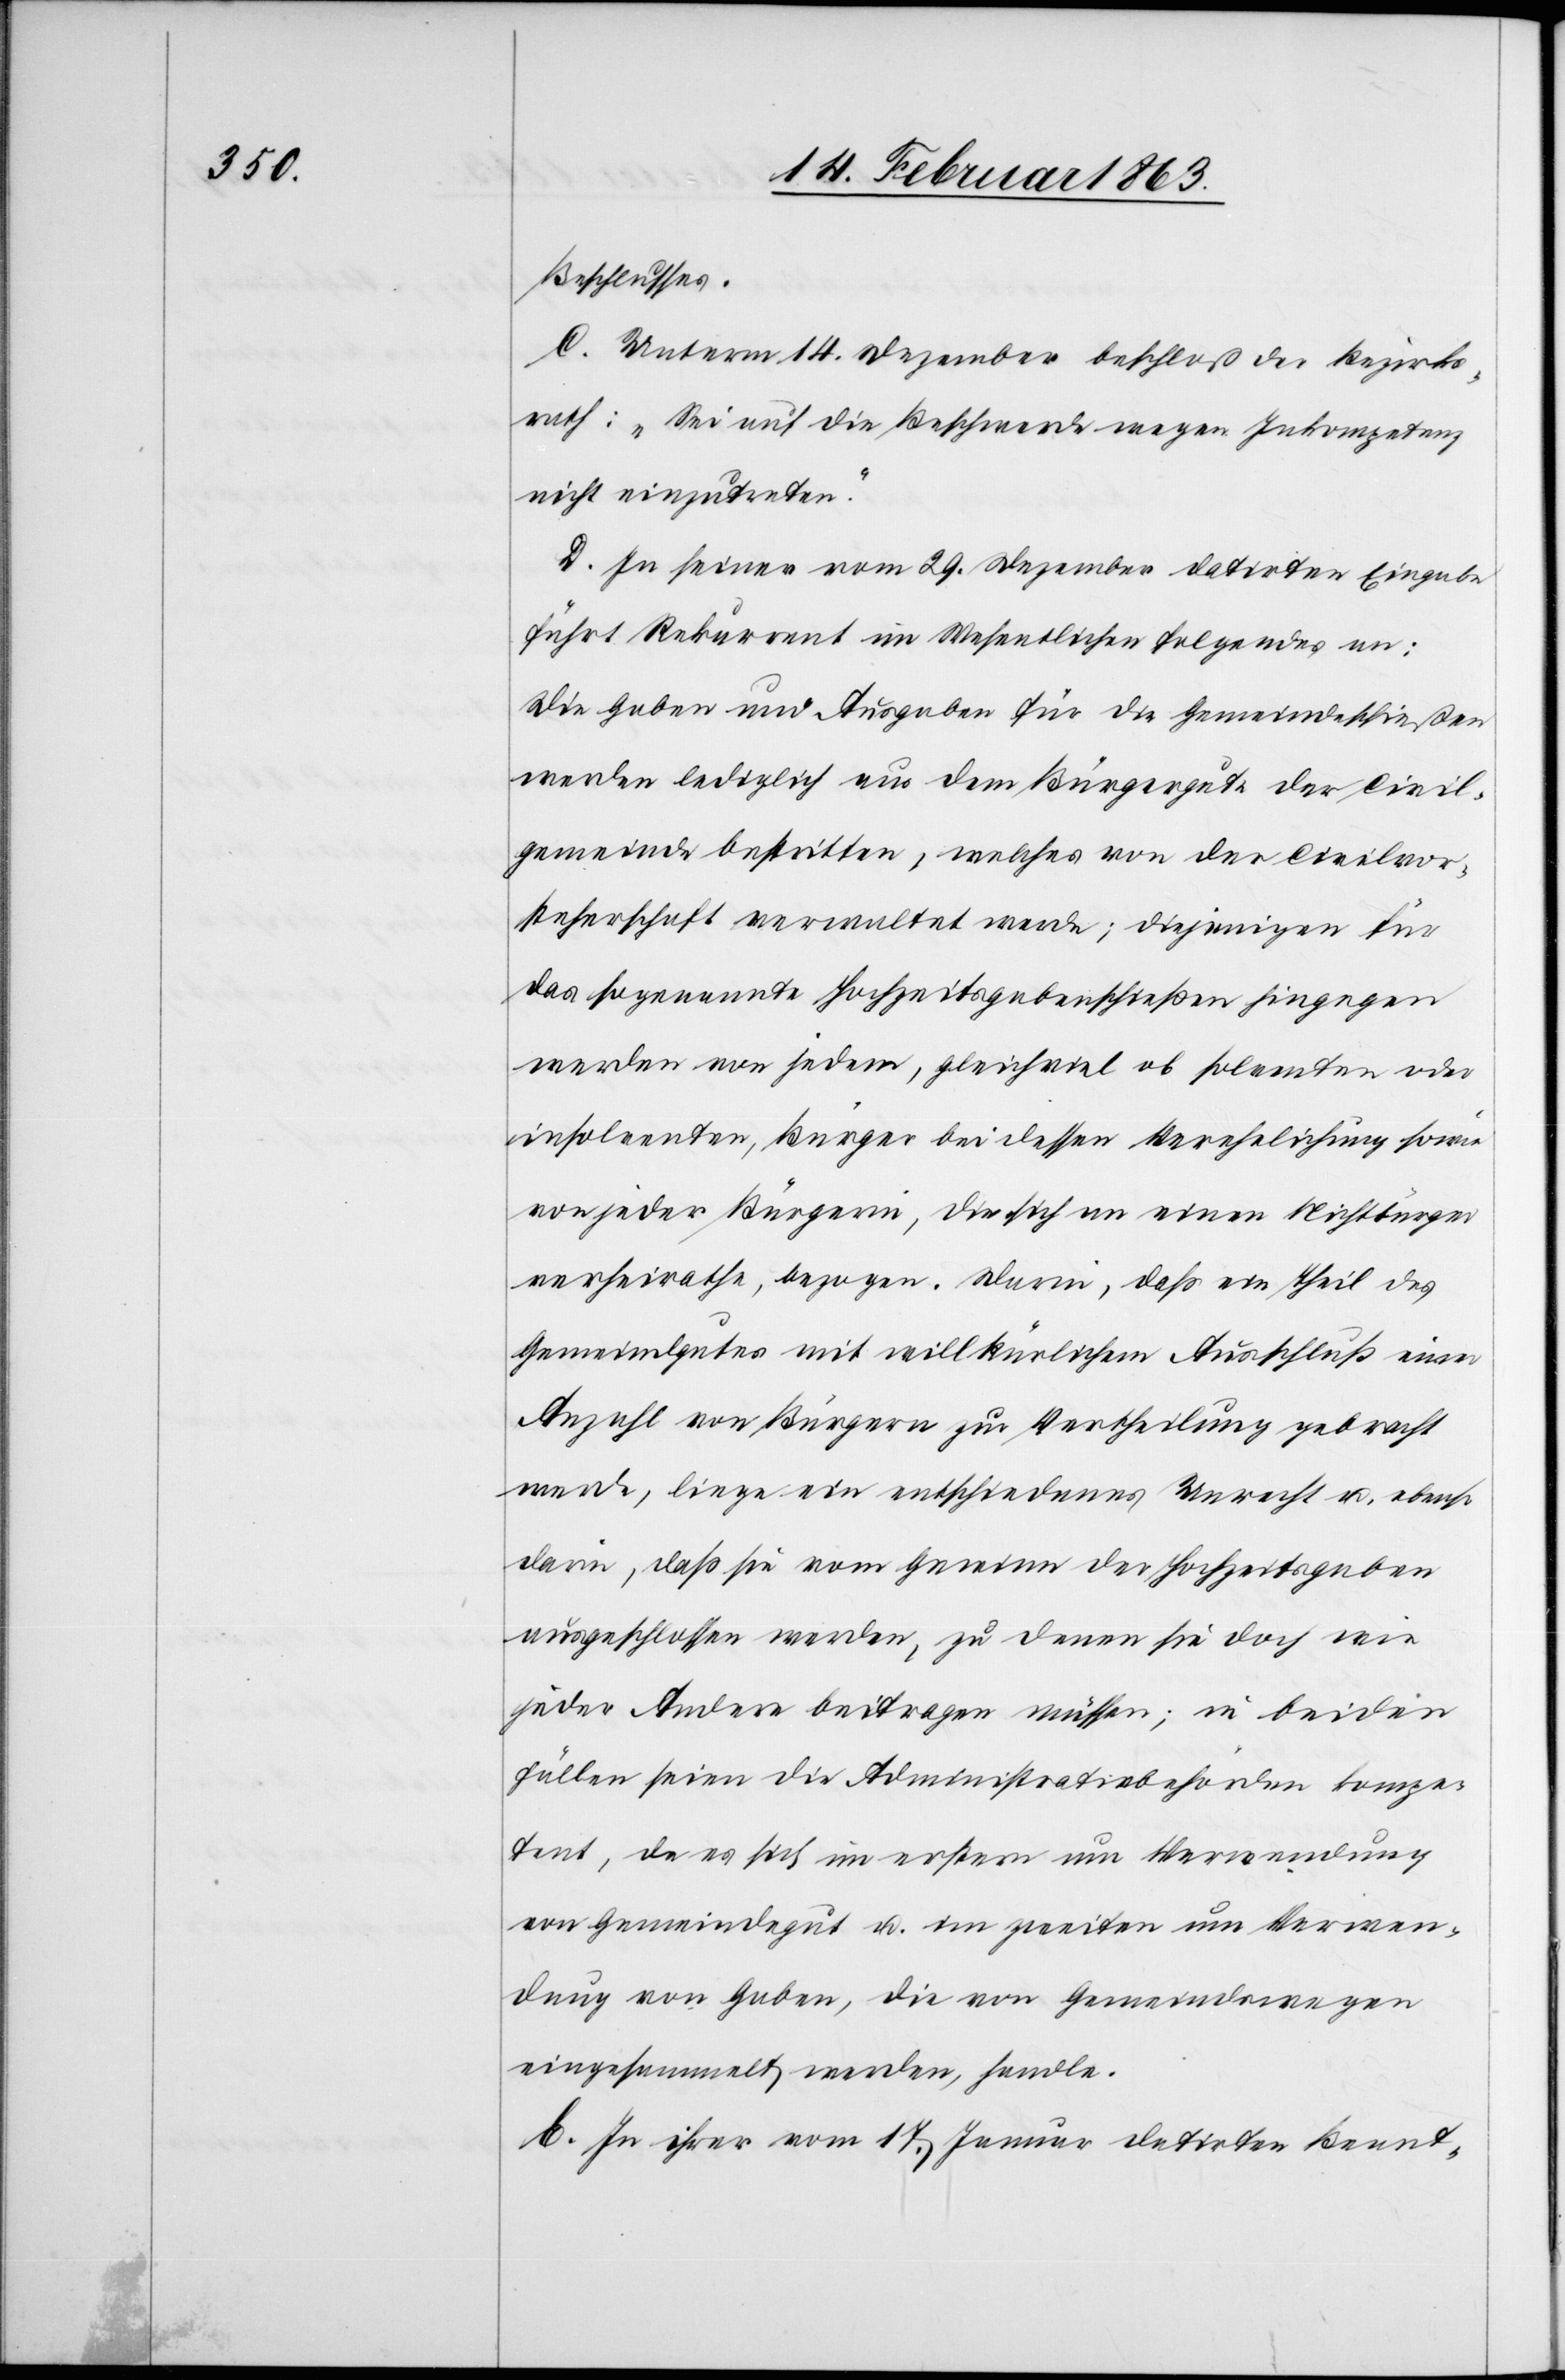
Beschlusses.
C. Unterm 14. Dezember beschloß der Bezirks¬
rath: „Sei auf die Beschwerde wegen Inkompetenz
nicht einzutreten.“
D. In seiner vom 29. Dezember datirten Eingabe
führt Rekurrent im Wesentlichen folgendes an:
Die Gaben und Ausgaben für die Gemeindeschießen
werden lediglich aus dem Bürgergute der Civil¬
gemeinde bestritten, welches von der Civilvor¬
steherschaft verwaltet werde; diejenigen für
das sogenannte Hochzeitsgabenschießen hingegen
werden von jedem, gleichviel ob solventen oder
insolventen, Bürger bei dessen Verehelichung sowie
von jeder Bürgerin, die sich an einen Nichtbürger
verheirathe, bezogen. Darin, daß ein Theil des
Gemeindgutes mit willkürlichem Ausschluß einer
Anzahl von Bürgern zur Vertheilung gebracht
werde, liege ein entschiedenes Unrecht u. ebenso
darin, daß sie vom Gewinn der Hochzeitsgaben
ausgeschlossen werden, zu denen sie doch wie
jeder Andere beitragen müssen; in beiden
Fällen seien die Administrativbehörden kompe¬
tent, da es sich im erstern um Verwendung
von Gemeindegut u. im zweiten um Verwen¬
dung von Gaben, die von Gemeindswegen
eingesammelt werden, handle.
E. In ihrer vom 17. Januar datirten Beant-